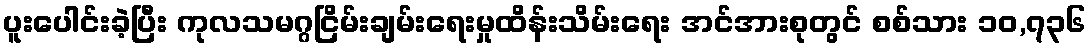
ပူးပေါင်းခဲ့ပြီး ကုလသမဂ္ဂငြိမ်းချမ်းရေးမှုထိန်းသိမ်းရေး အင်အားစုတွင် စစ်သား ၁၀,၇၃၆